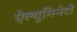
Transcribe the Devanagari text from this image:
ऐल्युमिनेटों